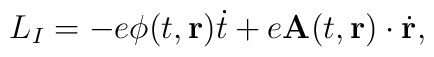
L_I=-e\phi(t,{\bf r})\dot t+e{\bf A}(t,{\bf r})\cdot\dot{\bf r},